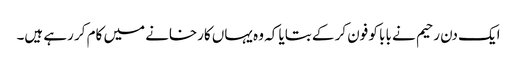
ایک دن رحیم نے بابا کو فون کر کے بتایا کہ وہ یہاں کارخانے میں کام کر رہے ہیں۔